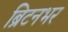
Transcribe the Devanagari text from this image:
ब्रिटनभर